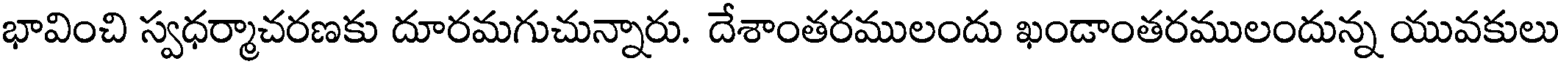
భావించి స్వధర్మాచరణకు దూరమగుచున్నారు. దేశాంతరములందు ఖండాంతరములందున్న యువకులు